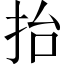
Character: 抬